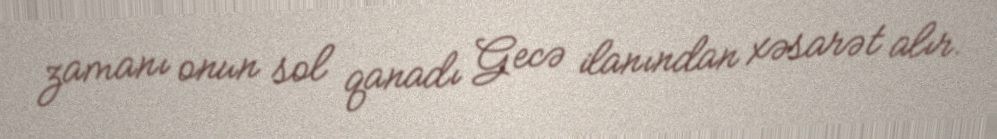
zamanı onun sol qanadı Gecə ilanından xəsarət alır.